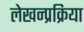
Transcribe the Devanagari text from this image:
लेखन्प्रक्रिया